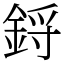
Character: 鋝